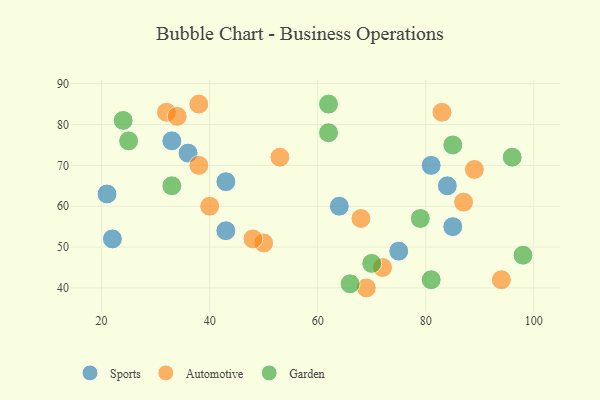
{"axis": {"x": "GDP", "y": "Life Expectancy"}, "legend": ["Automotive", "Garden", "Sports"], "data": [{"x": "33", "y": 76, "type": "Sports"}, {"x": "64", "y": 60, "type": "Sports"}, {"x": "75", "y": 49, "type": "Sports"}, {"x": "84", "y": 65, "type": "Sports"}, {"x": "43", "y": 54, "type": "Sports"}, {"x": "36", "y": 73, "type": "Sports"}, {"x": "21", "y": 63, "type": "Sports"}, {"x": "43", "y": 66, "type": "Sports"}, {"x": "85", "y": 55, "type": "Sports"}, {"x": "22", "y": 52, "type": "Sports"}, {"x": "81", "y": 70, "type": "Sports"}, {"x": "38", "y": 85, "type": "Automotive"}, {"x": "50", "y": 51, "type": "Automotive"}, {"x": "32", "y": 83, "type": "Automotive"}, {"x": "40", "y": 60, "type": "Automotive"}, {"x": "53", "y": 72, "type": "Automotive"}, {"x": "72", "y": 45, "type": "Automotive"}, {"x": "94", "y": 42, "type": "Automotive"}, {"x": "38", "y": 70, "type": "Automotive"}, {"x": "34", "y": 82, "type": "Automotive"}, {"x": "68", "y": 57, "type": "Automotive"}, {"x": "48", "y": 52, "type": "Automotive"}, {"x": "89", "y": 69, "type": "Automotive"}, {"x": "83", "y": 83, "type": "Automotive"}, {"x": "87", "y": 61, "type": "Automotive"}, {"x": "69", "y": 40, "type": "Automotive"}, {"x": "85", "y": 75, "type": "Garden"}, {"x": "66", "y": 41, "type": "Garden"}, {"x": "81", "y": 42, "type": "Garden"}, {"x": "33", "y": 65, "type": "Garden"}, {"x": "96", "y": 72, "type": "Garden"}, {"x": "98", "y": 48, "type": "Garden"}, {"x": "62", "y": 78, "type": "Garden"}, {"x": "24", "y": 81, "type": "Garden"}, {"x": "62", "y": 85, "type": "Garden"}, {"x": "70", "y": 46, "type": "Garden"}, {"x": "25", "y": 76, "type": "Garden"}, {"x": "79", "y": 57, "type": "Garden"}]}